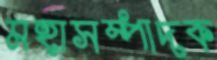
মহাসম্পাদক